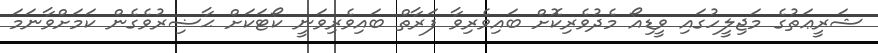
ޝަރީޢަތުގެ މަޖިލީހުގައި ވީޑިއޯ މެދުވެރިކޮށް ބައިވެރިވާ ފަރާތް ބައިވެރިވަނީ ކޯޓަކަށް ޙާޟިރުވެގެން ކަމަށްވާނަމަ